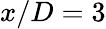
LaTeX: x/D=3